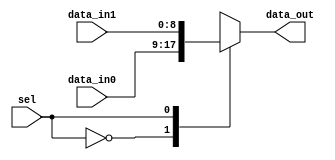
module mux #(parameter WIDTH = 9)
  (
   input [WIDTH-1:0] data_in0,  // Input data lines
   input [WIDTH-1:0] data_in1,  //nu merge sa fac array cu astea, imi zice ca e de systemverilog :(

   input sel,            // Select line
   output reg [WIDTH-1:0] data_out              // Output data line
  );

  always @(*)
    case(sel)
      1'b0: data_out = data_in0;
      1'b1: data_out = data_in1;
    endcase

endmodule